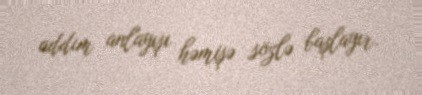
addım anlayışı həmişə sözlə başlayır.